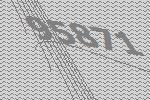
95871